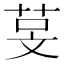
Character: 𬜰